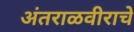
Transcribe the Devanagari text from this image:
अंतराळवीराचे